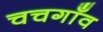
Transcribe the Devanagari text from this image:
चचगाँव